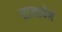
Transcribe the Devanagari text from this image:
राजाचेच